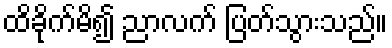
ထိခိုက်မိ၍ ညာလက် ပြတ်သွားသည်။